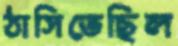
ঠাসিতেছিল